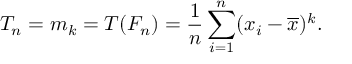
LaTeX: T _ { n } = m _ { k } = T ( F _ { n } ) = { \frac { 1 } { n } } \sum _ { i = 1 } ^ { n } ( x _ { i } - { \overline { { x } } } ) ^ { k } .